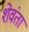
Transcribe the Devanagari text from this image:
शेवंता